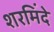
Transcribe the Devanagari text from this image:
शरमिंदे